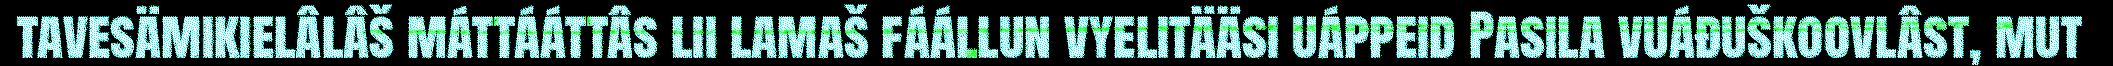
tavesämikielâlâš máttááttâs lii lamaš fáállun vyelitääsi uáppeid Pasila vuáđuškoovlâst, mut